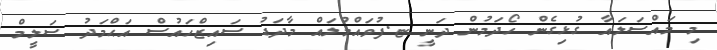
މި މައްސަލައާ ގުޅިގެން ހޯދަމުން ދަނީ ޏ.ފުވައްމުލައް މާދަޑު ސައިޒްހައުސް އަޙްމަދު ސަލީމް